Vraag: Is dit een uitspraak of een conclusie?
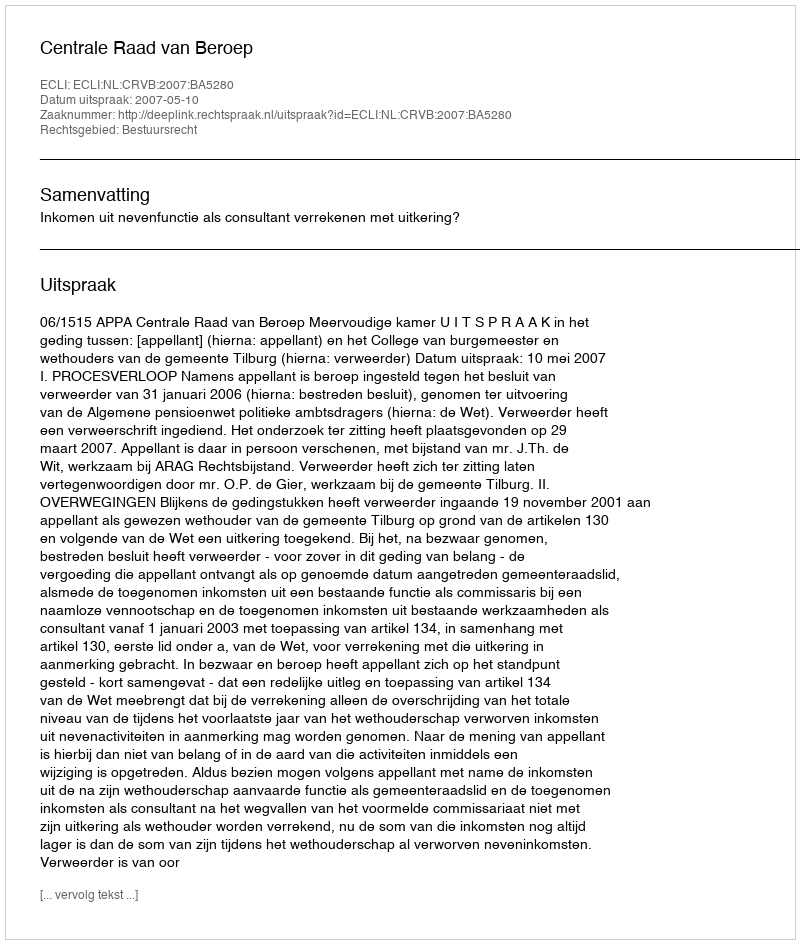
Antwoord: Uitspraak